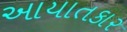
આયાતકાર